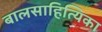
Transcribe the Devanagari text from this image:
बालसाहित्यिका